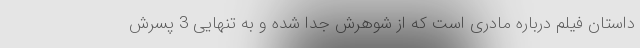
داستان فیلم درباره مادری است که از شوهرش جدا شده و به تنهایی 3 پسرش